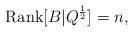
LaTeX: \begin{align*}\textrm{Rank}[B|Q^{\frac{1}{2}}]=n,\end{align*}